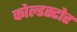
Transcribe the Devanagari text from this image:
कोल्डस्टोर